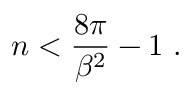
n < { \frac { 8 \pi } { \beta ^ { 2 } } } - 1 \, \, .